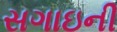
સગાઇની